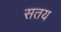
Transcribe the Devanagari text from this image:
सतय